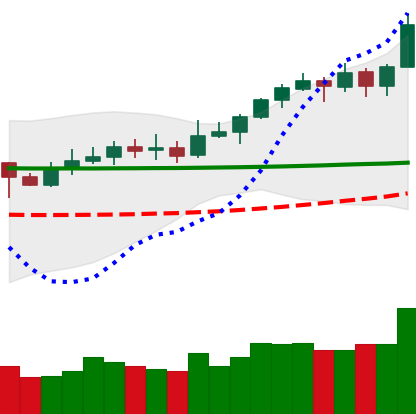
Ticker: XLM-USD
Chart end date: 2020-02-12
Forward return: -10.231%
Label: down_7plus